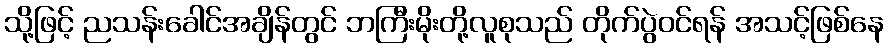
သို့ဖြင့် ညသန်းခေါင်အချိန်တွင် ဘကြီးမိုးတို့လူစုသည် တိုက်ပွဲဝင်ရန် အသင့်ဖြစ်နေ